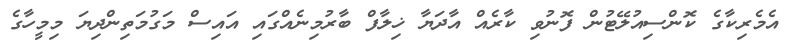
އެމެރިކާގެ ކޮންސިއުލޭޓުން ފޮނުވި ކާރެއް އާދަޔާ ޚިލާފް ބާރުމިނެއްގައި އައިސް މަގުމަތިންދިޔަ މިމީހާގެ